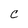
Character: C